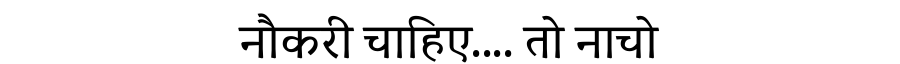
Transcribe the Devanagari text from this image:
नौकरी चाहिए.... तो नाचो